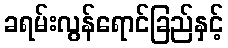
ခရမ်းလွန်ရောင်ခြည်နှင့်